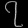
Digit: ၇